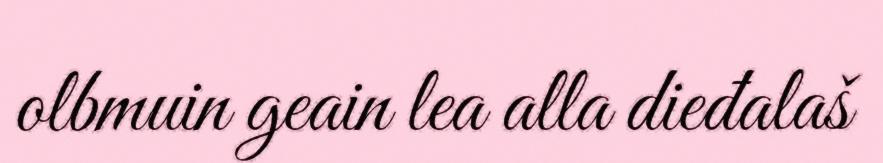
olbmuin geain lea alla dieđalaš